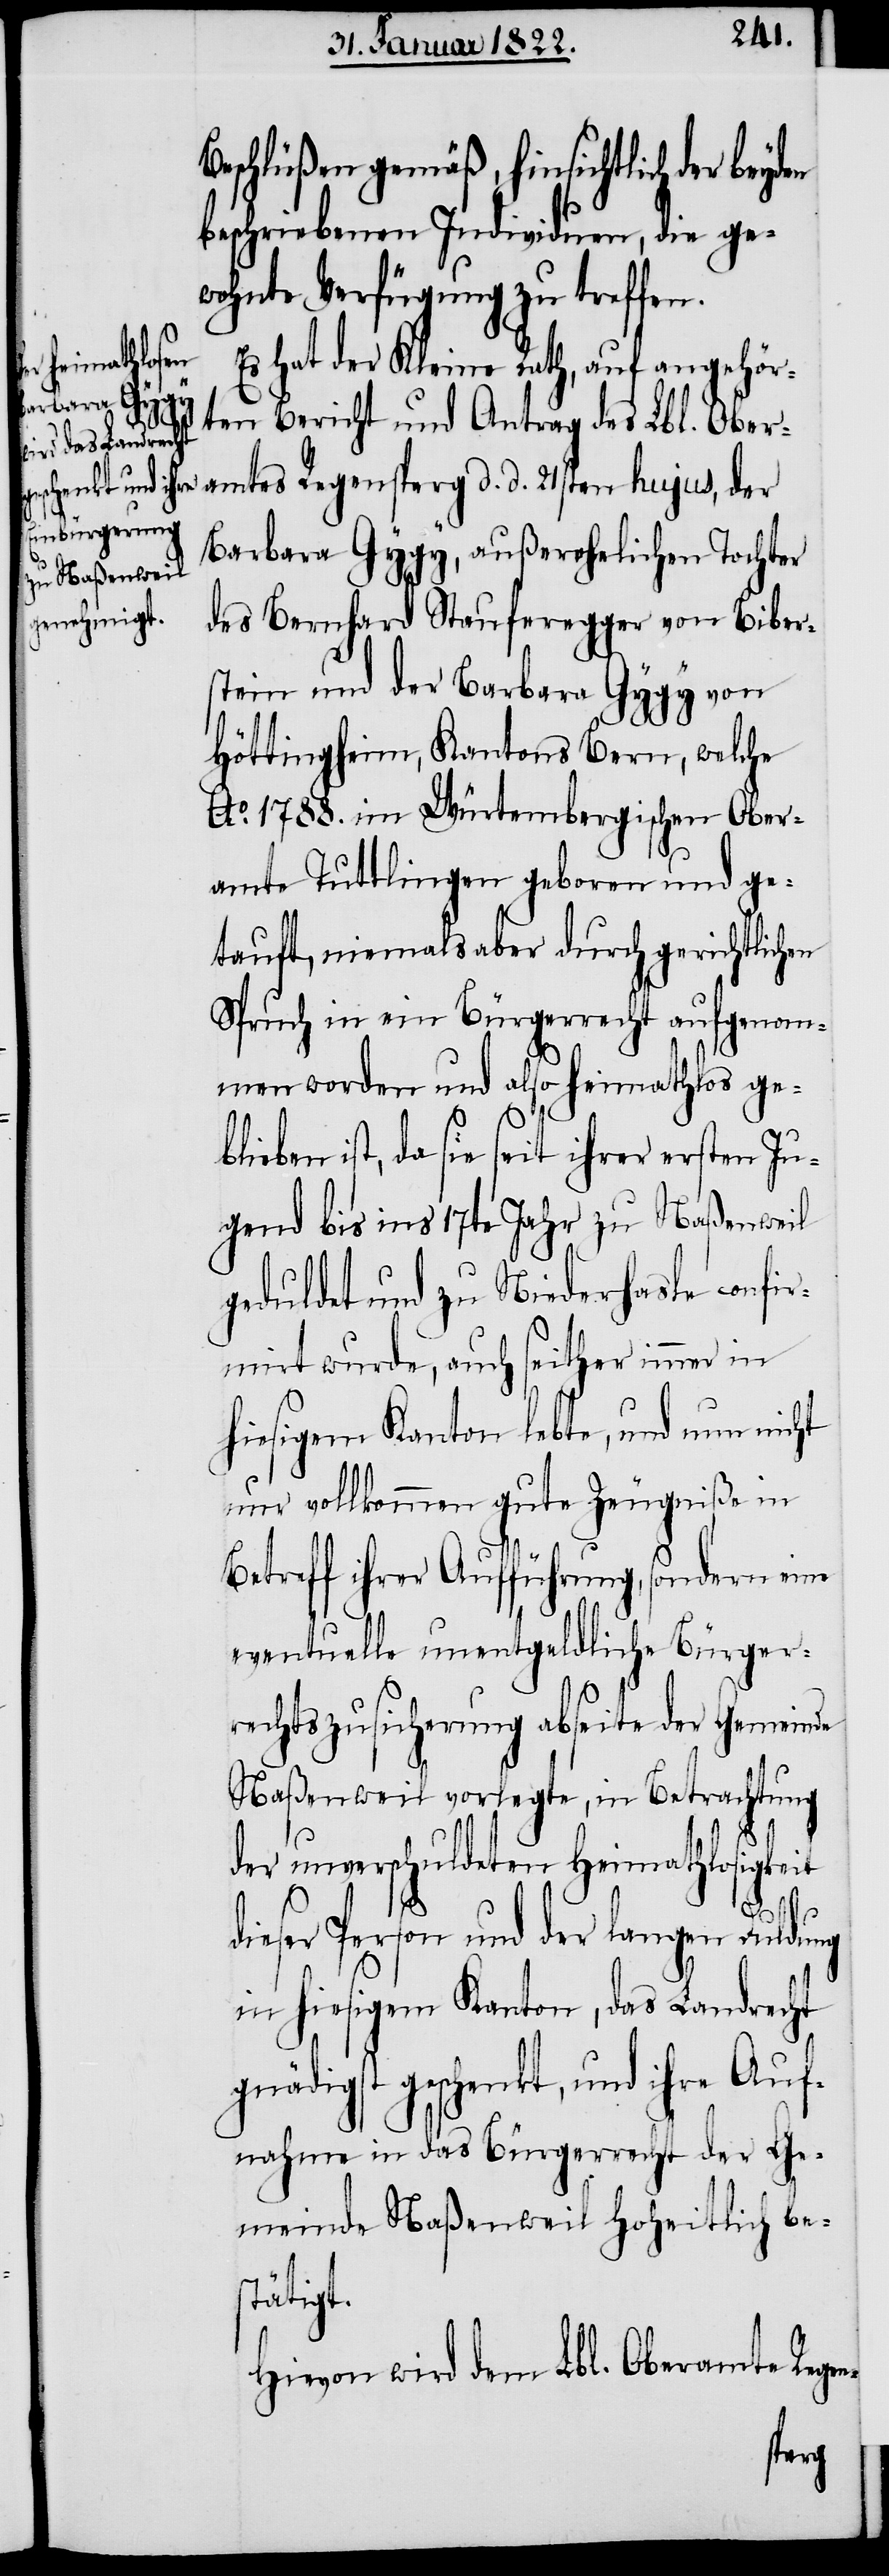
Beschlüßen gemäß, hinsichtlich der
beschriebenen Individuen, die ge¬
wohnte Verfügung zu treffen.
Es hat der Kleine Rath, auf angehör¬
ten Bericht und Antrag des Lbl. Ober¬
amtes Regensperg d. d. 21sten hujus, der
Barbara Gygy, außerehelichen Tochter
des Bernhard Stauferegger von Biber¬
stein und der Barbara Gygy von
Höttingheim, Kantons Bern, welche
Ao. 1788. im Würtembergischen Ober¬
amte Tuttlingen geboren und ge¬
tauft, niemals aber durch gerichtlichen
Spruch in ein Bürgerrecht aufgenom¬
men worden und also heimathlos ge¬
blieben ist, da sie seit ihrer ersten Ju¬
gend bis ins 17te Jahr zu Naßenweil
geduldet und zu Niderhasle confir¬
mirt wurde, auch seither immer in
hiesigem Kanton lebte, und nun nicht
nur vollkommen gute Zeugniße in
Betreff ihrer Aufführung, sondern eine
eventuelle unentgeldliche Bürger¬
rechtszusicherung abseite der Gemeinde
Naßenweil vorlegte, in Betrachtung
der unverschuldeten Heimathlosigkeit
dieser Person und der langen Duldung
in hiesigem Kanton, das Landrecht
gnädigst geschenkt, und ihre Auf¬
nahme in das Bürgerrecht der Ge¬
meinde Naßenweil hoheitlich be¬
stätigt.
Hievon wird dem Lbl. Oberamte Re¬
gen-